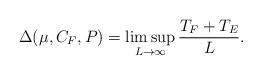
LaTeX: \begin{align*}\Delta(\mu,C_F,P) &= \limsup_{L\rightarrow\infty} \frac{T_F + T_E}{L}.\end{align*}